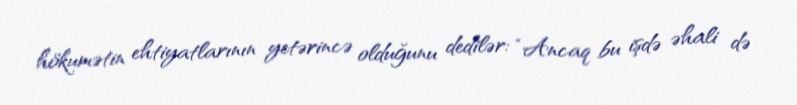
hökumətin ehtiyatlarının yetərincə olduğunu dedilər: “Ancaq bu işdə əhali də